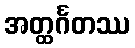
အတ္ထင်္ဂတဿ